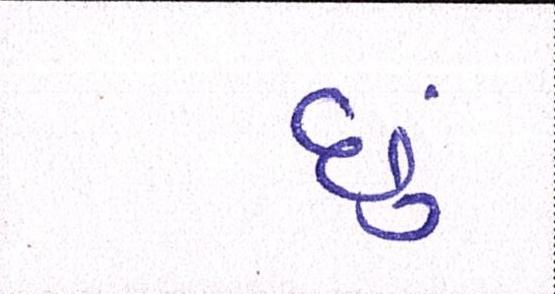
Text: છું